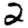
Digit: 2